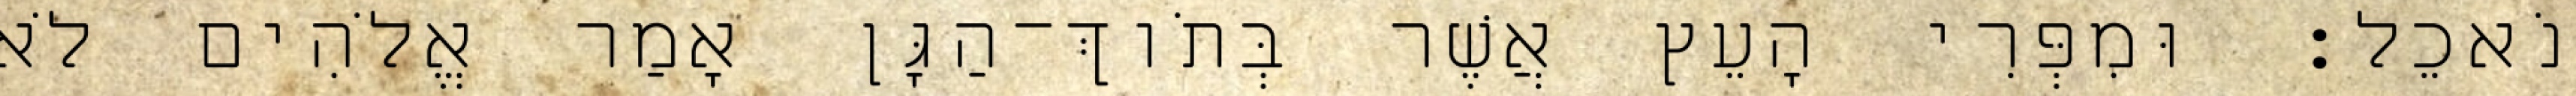
נֹאכֵל׃ וּמִפְּרִי הָעֵץ אֲשֶׁר בְּתֹוךְ־הַגָּן אָמַר אֱלֹהִים לֹא